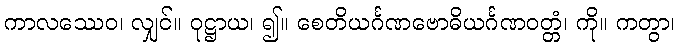
ကာလဿေဝ၊ လျှင်။ ဝုဋ္ဌာယ၊ ၍။ စေတိယင်္ဂဏဗောဓိယင်္ဂဏဝတ္တံ၊ ကို။ ကတွာ၊